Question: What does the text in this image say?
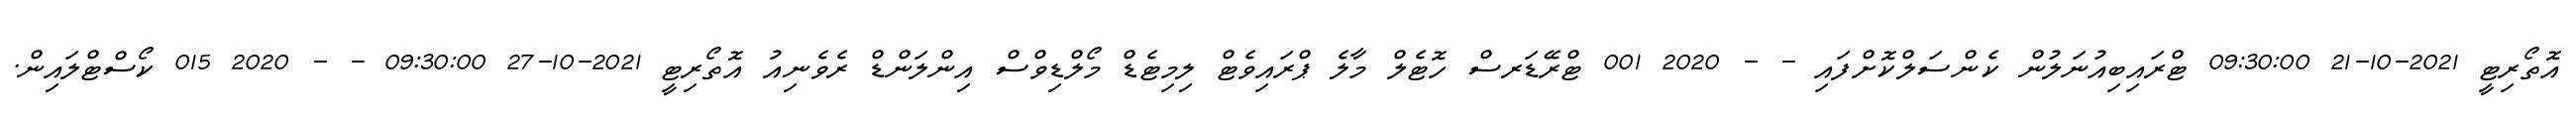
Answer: އޮތޯރިޓީ 2021-10-21 09:30:00 ޓްރައިބިއުނަލުން ކެންސަލްކޮށްފައި - - 2020 001 ޓްރޭޑަރސް ހޮޓެލް މާލެ ޕްރައިވެޓް ލިމިޓެޑް މޯލްޑިވްސް އިންލަންޑް ރެވެނިއު އޮތޯރިޓީ 2021-10-27 09:30:00 - - 2020 015 ކޯސްޓްލައިން.